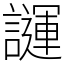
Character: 𧬪